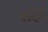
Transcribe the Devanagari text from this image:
सोर्ज़